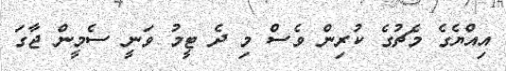
އިއްޔެގެ މެޗުގެ ކުރިން ވެސް މި ދެ ޓީމު ވަނީ ސެމީން ޖާގަ